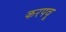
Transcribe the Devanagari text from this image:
करपवू